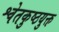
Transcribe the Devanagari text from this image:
श्वेतकुष्ठयुक्त